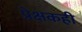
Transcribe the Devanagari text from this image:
प्रेक्षकही